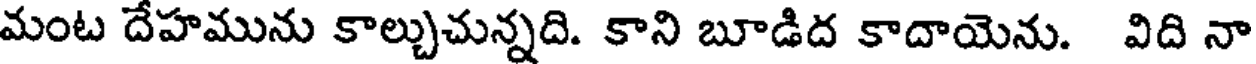
మంట దేహమును కాల్చుచున్నది. కాని బూడిద కాదాయెను. విది నా